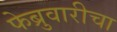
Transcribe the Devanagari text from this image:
फेब्रुवारीचा